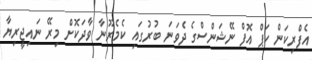
އެފްރިކަން ކަޕް އޮފް ނޭޝަންސްގެ ދެވަނަ ބުރުގައި ކެމެރޫނާ ވާދަކޮށް މިރޭ ނައިޖީރިޔާ